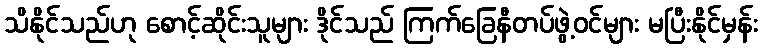
သိနိုင်သည်ဟု စောင့်ဆိုင်းသူများ ဒိုင်သည် ကြက်ခြေနီတပ်ဖွဲ့ဝင်များ မပြီးနိုင်မှန်း